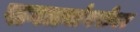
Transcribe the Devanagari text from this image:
सगळ्यांबरोबर